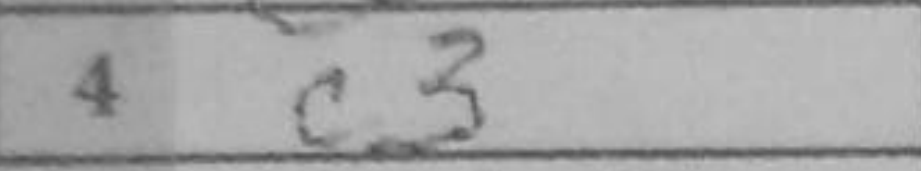
Transcription: c3